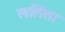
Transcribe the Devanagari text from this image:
ललिता